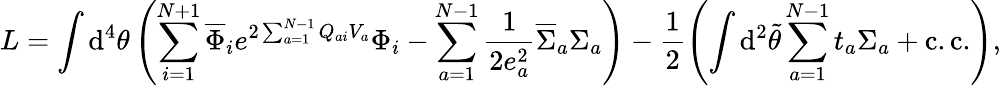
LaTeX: L=\int\mathrm{d}^{4}\theta\left(\sum_{i=1}^{N+1}\overline{{{{\Phi}}}}_{i}e^{2\sum_{a=1}^{N-1}Q_{ai}V_{a}}\Phi_{i}-\sum_{a=1}^{N-1}\frac{{1}}{{2e_{a}^{2}}}\overline{{{{\Sigma}}}}_{a}\Sigma_{a}\right)-\frac{{1}}{{2}}\left(\int\mathrm{d}^{2}\widetilde{{\theta}}\sum_{a=1}^{N-1}t_{a}\Sigma_{a}+\mathrm{{c.c.}}\right),